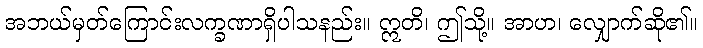
အဘယ်မှတ်ကြောင်းလက္ခဏာရှိပါသနည်း။ ဣတိ၊ ဤသို့။ အာဟ၊ လျှောက်ဆို၏။